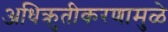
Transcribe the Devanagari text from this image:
अधिक्रुतीकरणामुळे